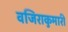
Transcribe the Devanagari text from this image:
वजिराकुमारी